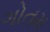
ગોતમ